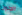
الجنون